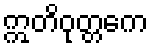
ဣတိဝုတ္တကေ